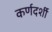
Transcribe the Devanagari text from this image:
कर्णदर्शी